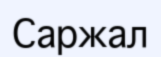
Саржал